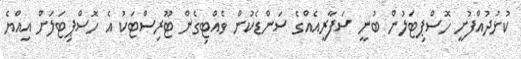
ކުޅުދުއްފުށީ ހޮސްޕިޓަލުން ބުނީ ސަފާރީއެއްގެ ސަންޑެކުން ވެއްޓިގެން ޓޫރިސްޓަކު އެ ހޮސްޕިޓަލަށް އިއްޔެ